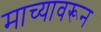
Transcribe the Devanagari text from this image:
माच्यावरून